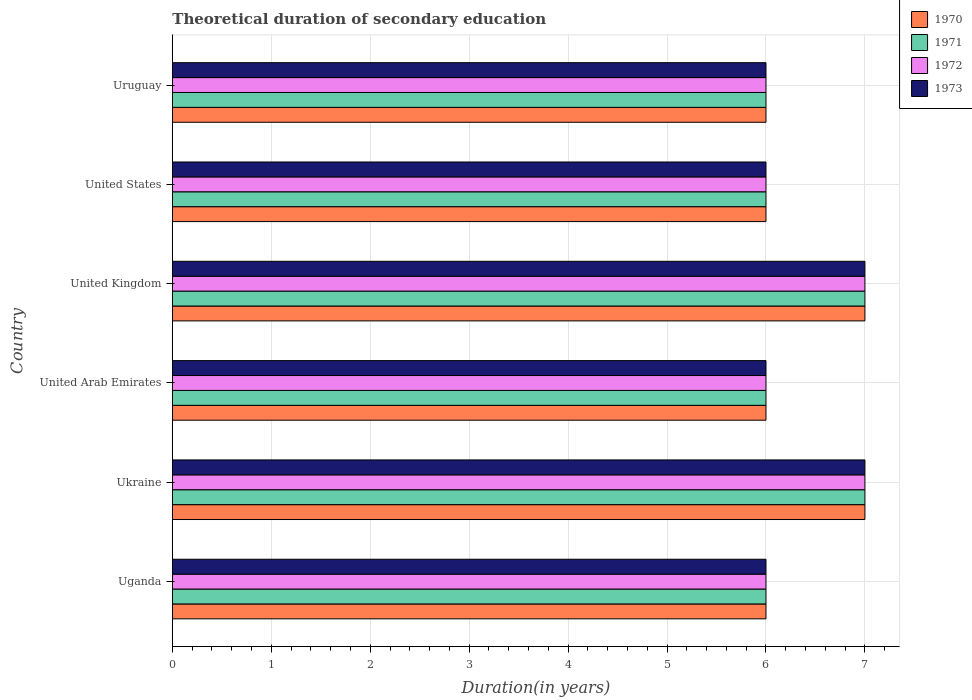
| Country | 1970 | 1971 | 1972 | 1973 |
 | --- | --- | --- | --- | --- |
 | Uganda | 6 | 6 | 6 | 6 |
 | Ukraine | 7 | 7 | 7 | 7 |
 | United Arab Emirates | 6 | 6 | 6 | 6 |
 | United Kingdom | 7 | 7 | 7 | 7 |
 | United States | 6 | 6 | 6 | 6 |
 | Uruguay | 6 | 6 | 6 | 6 |